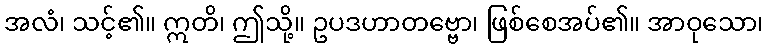
အလံ၊ သင့်၏။ ဣတိ၊ ဤသို့။ ဥပဒဟာတဗ္ဗော၊ ဖြစ်စေအပ်၏။ အာဝုသော၊